Indian journal of veterinary science and animal husbandry - Volume 2,
Year: 1932
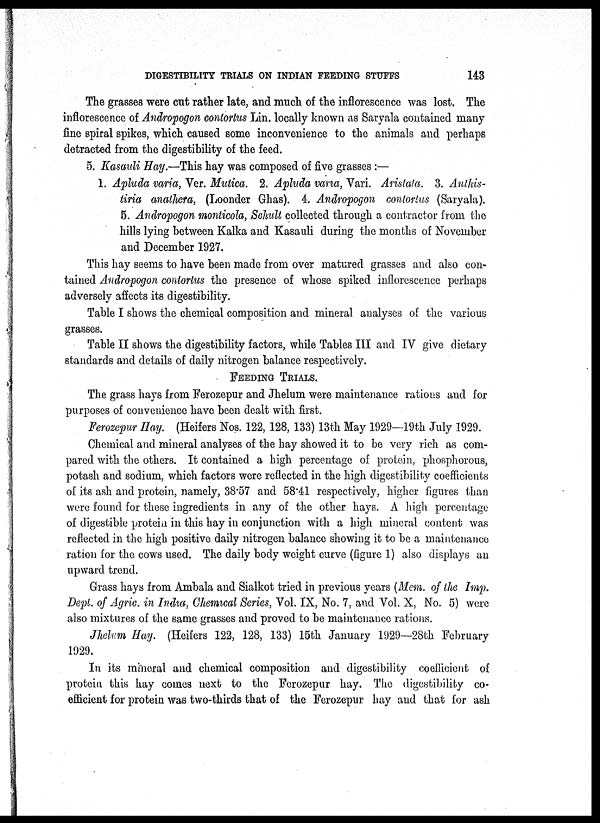
DIGESTIBILITY TRIALS ON INDIAN FEEDING STUFFS
143
The grasses were cut rather late, and much of the inflorescence was lost. The
inflorescence of Andropogon contortus Lin. locally known as Saryala contained many
fine spiral spikes, which caused some inconvenience to the animals and perhaps
detracted from the digestibility of the feed.
5. Kasauli Hay.—This hay was composed of five grasses:—
1. Apluda varia, Ver. Mutica. 2. Apluda varia, Vari. Aristata. 3. Anthis-
tiria anathera, (Loonder Ghas). 4. Andropogon contortus (Saryala).
5. Andropogon monticola, Schult collected through a contractor from the
hills lying between Kalka and Kasauli during the months of November
and December 1927.
This hay seems to have been made from over matured grasses and also con-
tained Andropogon contortus the presence of whose spiked inflorescence perhaps
adversely affects its digestibility.
Table I shows the chemical composition and mineral analyses of the various
grasses.
Table II shows the digestibility factors, while Tables III and IV give dietary
standards and details of daily nitrogen balance respectively.
FEEDING TRIALS.
The grass hays from Ferozepur and Jhelum were maintenance rations and for
purposes of convenience have been dealt with first.
Ferozepur Hay. (Heifers NOS. 122, 128, 133) 13th May 1929—19th July 1929.
Chemical and mineral analyses of the hay showed it to be very rich as com-
pared with the others. It contained a high percentage of protein, phosphorous,
potash and sodium, which factors were reflected in the high digestibility coefficients
of its ash and protein, namely, 38.57 and 58.41 respectively, higher figures than
were found for these ingredients in any of the other hays. A high percentage
of digestible protein in this hay in conjunction with a high mineral content was
reflected in the high positive daily nitrogen balance showing it to be a maintenance
ration for the cows used. The daily body weight curve (figure 1) also displays an
upward trend.
Grass hays from Ambala and Sialkot tried in previous years (Mem. of the Imp.
Dept. of Agric. in India, Chemical Series, Vol. IX, No. 7, and Vol. X, No. 5) were
also mixtures of the same grasses and proved to be maintenance rations.
Jhelum Hay. (Heifers 122, 128, 133) 15th January 1929—28th February
1929.
In its mineral and chemical composition and digestibility coefficient of
protein this hay comes next to the Ferozepur hay. The digestibility co-
efficient for protein was two-thirds that of the Ferozepur hay and that for ash